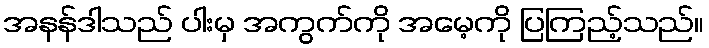
အနန်ဒါသည် ပါးမှ အကွက်ကို အမေ့ကို ပြကြည့်သည်။